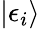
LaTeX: |\epsilon_{i}\rangle